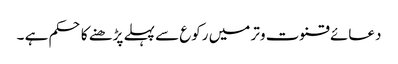
دعائے قنوت وتر میں رکوع سے پہلے پڑھنے کا حکم ہے ۔